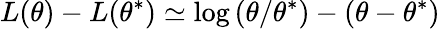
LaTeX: L(\theta)-L(\theta^{*})\simeq\log\left(\theta/\theta^{*}\right)-\left(\theta-\theta^{*}\right)